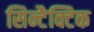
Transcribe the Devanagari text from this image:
सिन्टैक्टिक